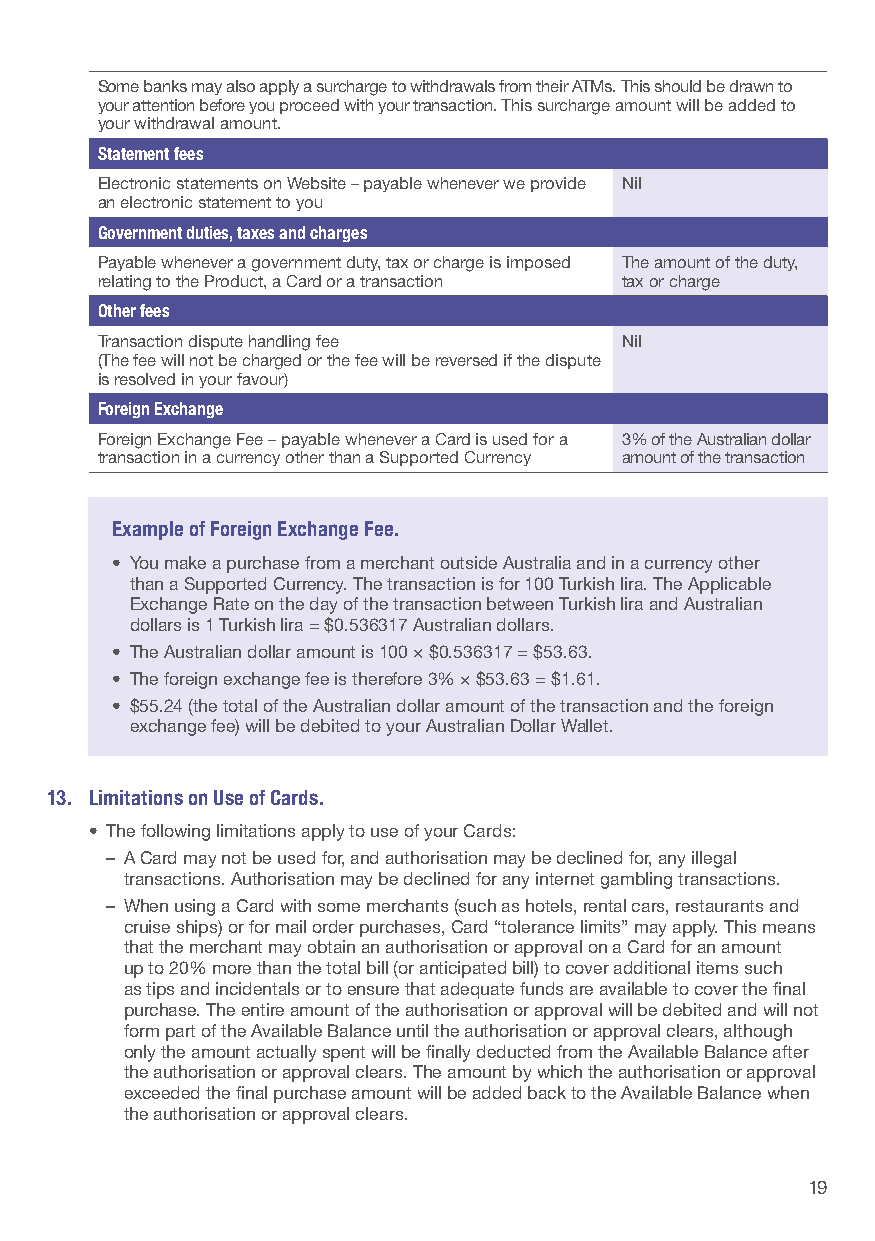
Some banks may also apply a surcharge to withdrawals from their ATMs. This should be drawn to
 your attention before you proceed with your transaction. This surcharge amount will be added to
 your withdrawal amount.
 Statement fees
 Electronic statements on Website – payable whenever we provide Nil
 an electronic statement to you
 Government duties, taxes and charges
 Payable whenever a government duty, tax or charge is imposed The amount of the duty,
 relating to the Product, a Card or a transaction tax or charge
 Other fees
 Transaction dispute handling fee   Nil
 (The fee will not be charged or the fee will be reversed if the dispute
 is resolved in your favour)
 Foreign Exchange
 Foreign Exchange Fee – payable whenever a Card is used for a 3% of the Australian dollar
 transaction in a currency other than a Supported Currency amount of the transaction
 Example of Foreign Exchange Fee.
 • You make a purchase from a merchant outside Australia and in a currency other
 than a Supported Currency. The transaction is for 100 Turkish lira. The Applicable
 Exchange Rate on the day of the transaction between Turkish lira and Australian
 dollars is 1 Turkish lira = $0.536317 Australian dollars.
 • The Australian dollar amount is 100 × $0.536317 = $53.63.
 • The foreign exchange fee is therefore 3% × $53.63 = $1.61.
 • $55.24 (the total of the Australian dollar amount of the transaction and the foreign
 exchange fee) will be debited to your Australian Dollar Wallet.
 13. Limitations on Use of Cards.
 • The following limitations apply to use of your Cards:
 – A Card may not be used for, and authorisation may be declined for, any illegal
 transactions. Authorisation may be declined for any internet gambling transactions.
 – When using a Card with some merchants (such as hotels, rental cars, restaurants and
 cruise ships) or for mail order purchases, Card “tolerance limits” may apply. This means
 that the merchant may obtain an authorisation or approval on a Card for an amount
 up to 20% more than the total bill (or anticipated bill) to cover additional items such
 as tips and incidentals or to ensure that adequate funds are available to cover the final
 purchase. The entire amount of the authorisation or approval will be debited and will not
 form part of the Available Balance until the authorisation or approval clears, although
 only the amount actually spent will be finally deducted from the Available Balance after
 the authorisation or approval clears. The amount by which the authorisation or approval
 exceeded the final purchase amount will be added back to the Available Balance when
 the authorisation or approval clears.
 19